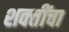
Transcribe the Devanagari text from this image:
शक्‍तींचा